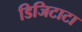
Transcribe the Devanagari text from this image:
डिजिटाटा